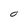
Character: O